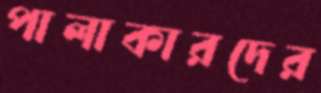
পালাকারদের